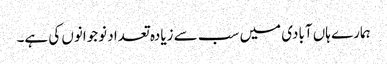
ہمارے ہاں آبادی میں سب سے زیادہ تعداد نوجوانوں کی ہے۔